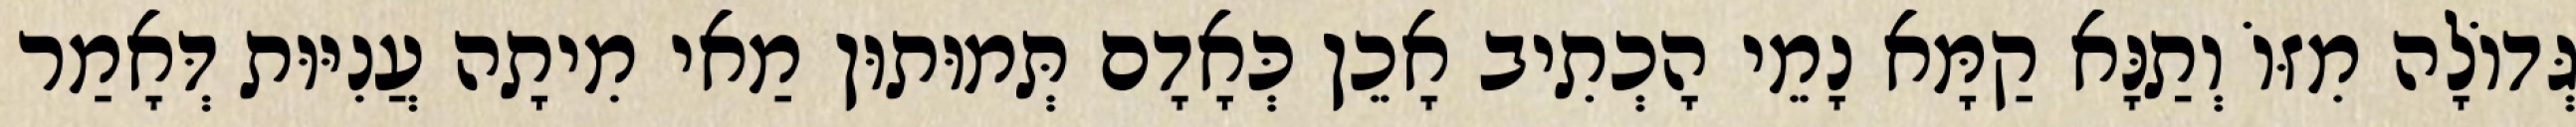
גְּדוֹלָה מִזּוֹ וְתַנָּא קַמָּא נָמֵי הָכְתִיב אָכֵן כְּאָדָם תְּמוּתוּן מַאי מִיתָה עֲנִיּוּת דְּאָמַר